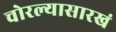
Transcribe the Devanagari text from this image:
चोरल्यासारखं